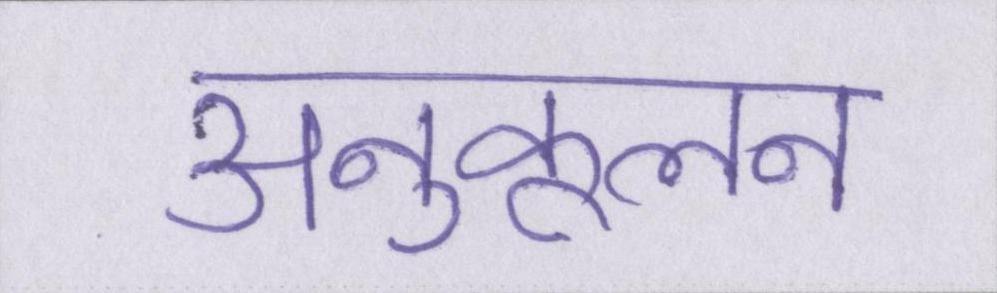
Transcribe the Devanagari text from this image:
अनुकूलन